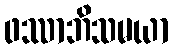
ဖဿာဘိသမယာ